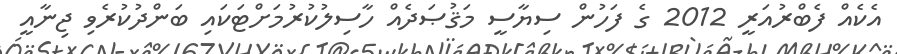
އެކެއް ފެބްރުއަރީ 2012 ގެ ފަހުން ސިޔާސީ މަޤުޞަދެއް ހާސިލުކުރުމަށްޓަކައި ބަންދުކުރެވި ޖިނާއީ